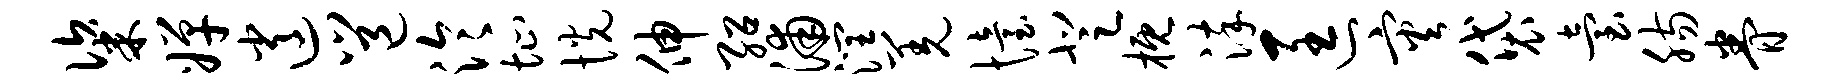
粢婵逍邕泠址恍伸绍浦润羌怡登概淬匡灾袋台肠眷